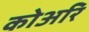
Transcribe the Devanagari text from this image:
कोअरि